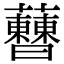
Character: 𧅝